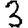
Digit: 3